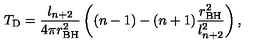
T _ { \mathrm { D } } = \frac { l _ { n + 2 } } { 4 \pi r _ { \mathrm { B H } } ^ { 2 } } \left( ( n - 1 ) - ( n + 1 ) \frac { r _ { \mathrm { B H } } ^ { 2 } } { l _ { n + 2 } ^ { 2 } } \right) ,